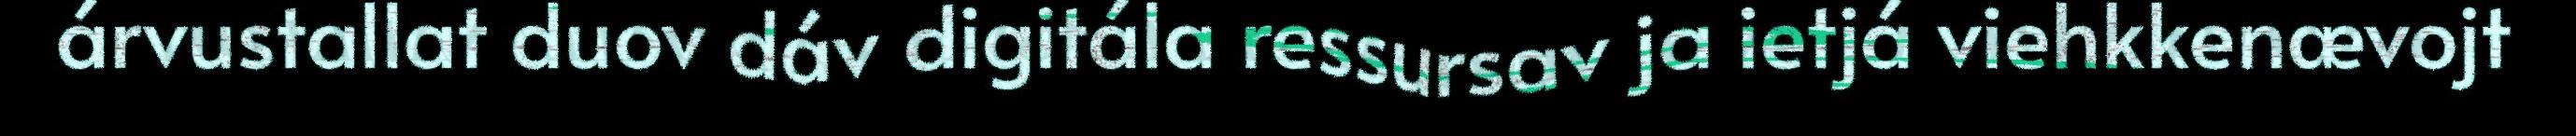
árvustallat duov dáv digitála ressursav ja ietjá viehkkenævojt